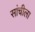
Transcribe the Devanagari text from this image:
सांचीला